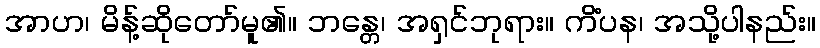
အာဟ၊ မိန့်ဆိုတော်မူ၏။ ဘန္တေ၊ အရှင်ဘုရား။ ကိံပန၊ အသို့ပါနည်း။